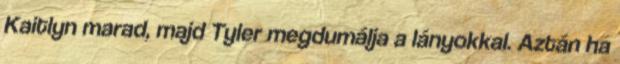
Kaitlyn marad, majd Tyler megdumálja a lányokkal. Aztán ha